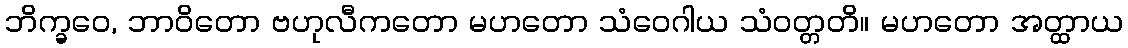
ဘိက္ခဝေ, ဘာဝိတော ဗဟုလီကတော မဟတော သံဝေဂါယ သံဝတ္တတိ။ မဟတော အတ္ထာယ